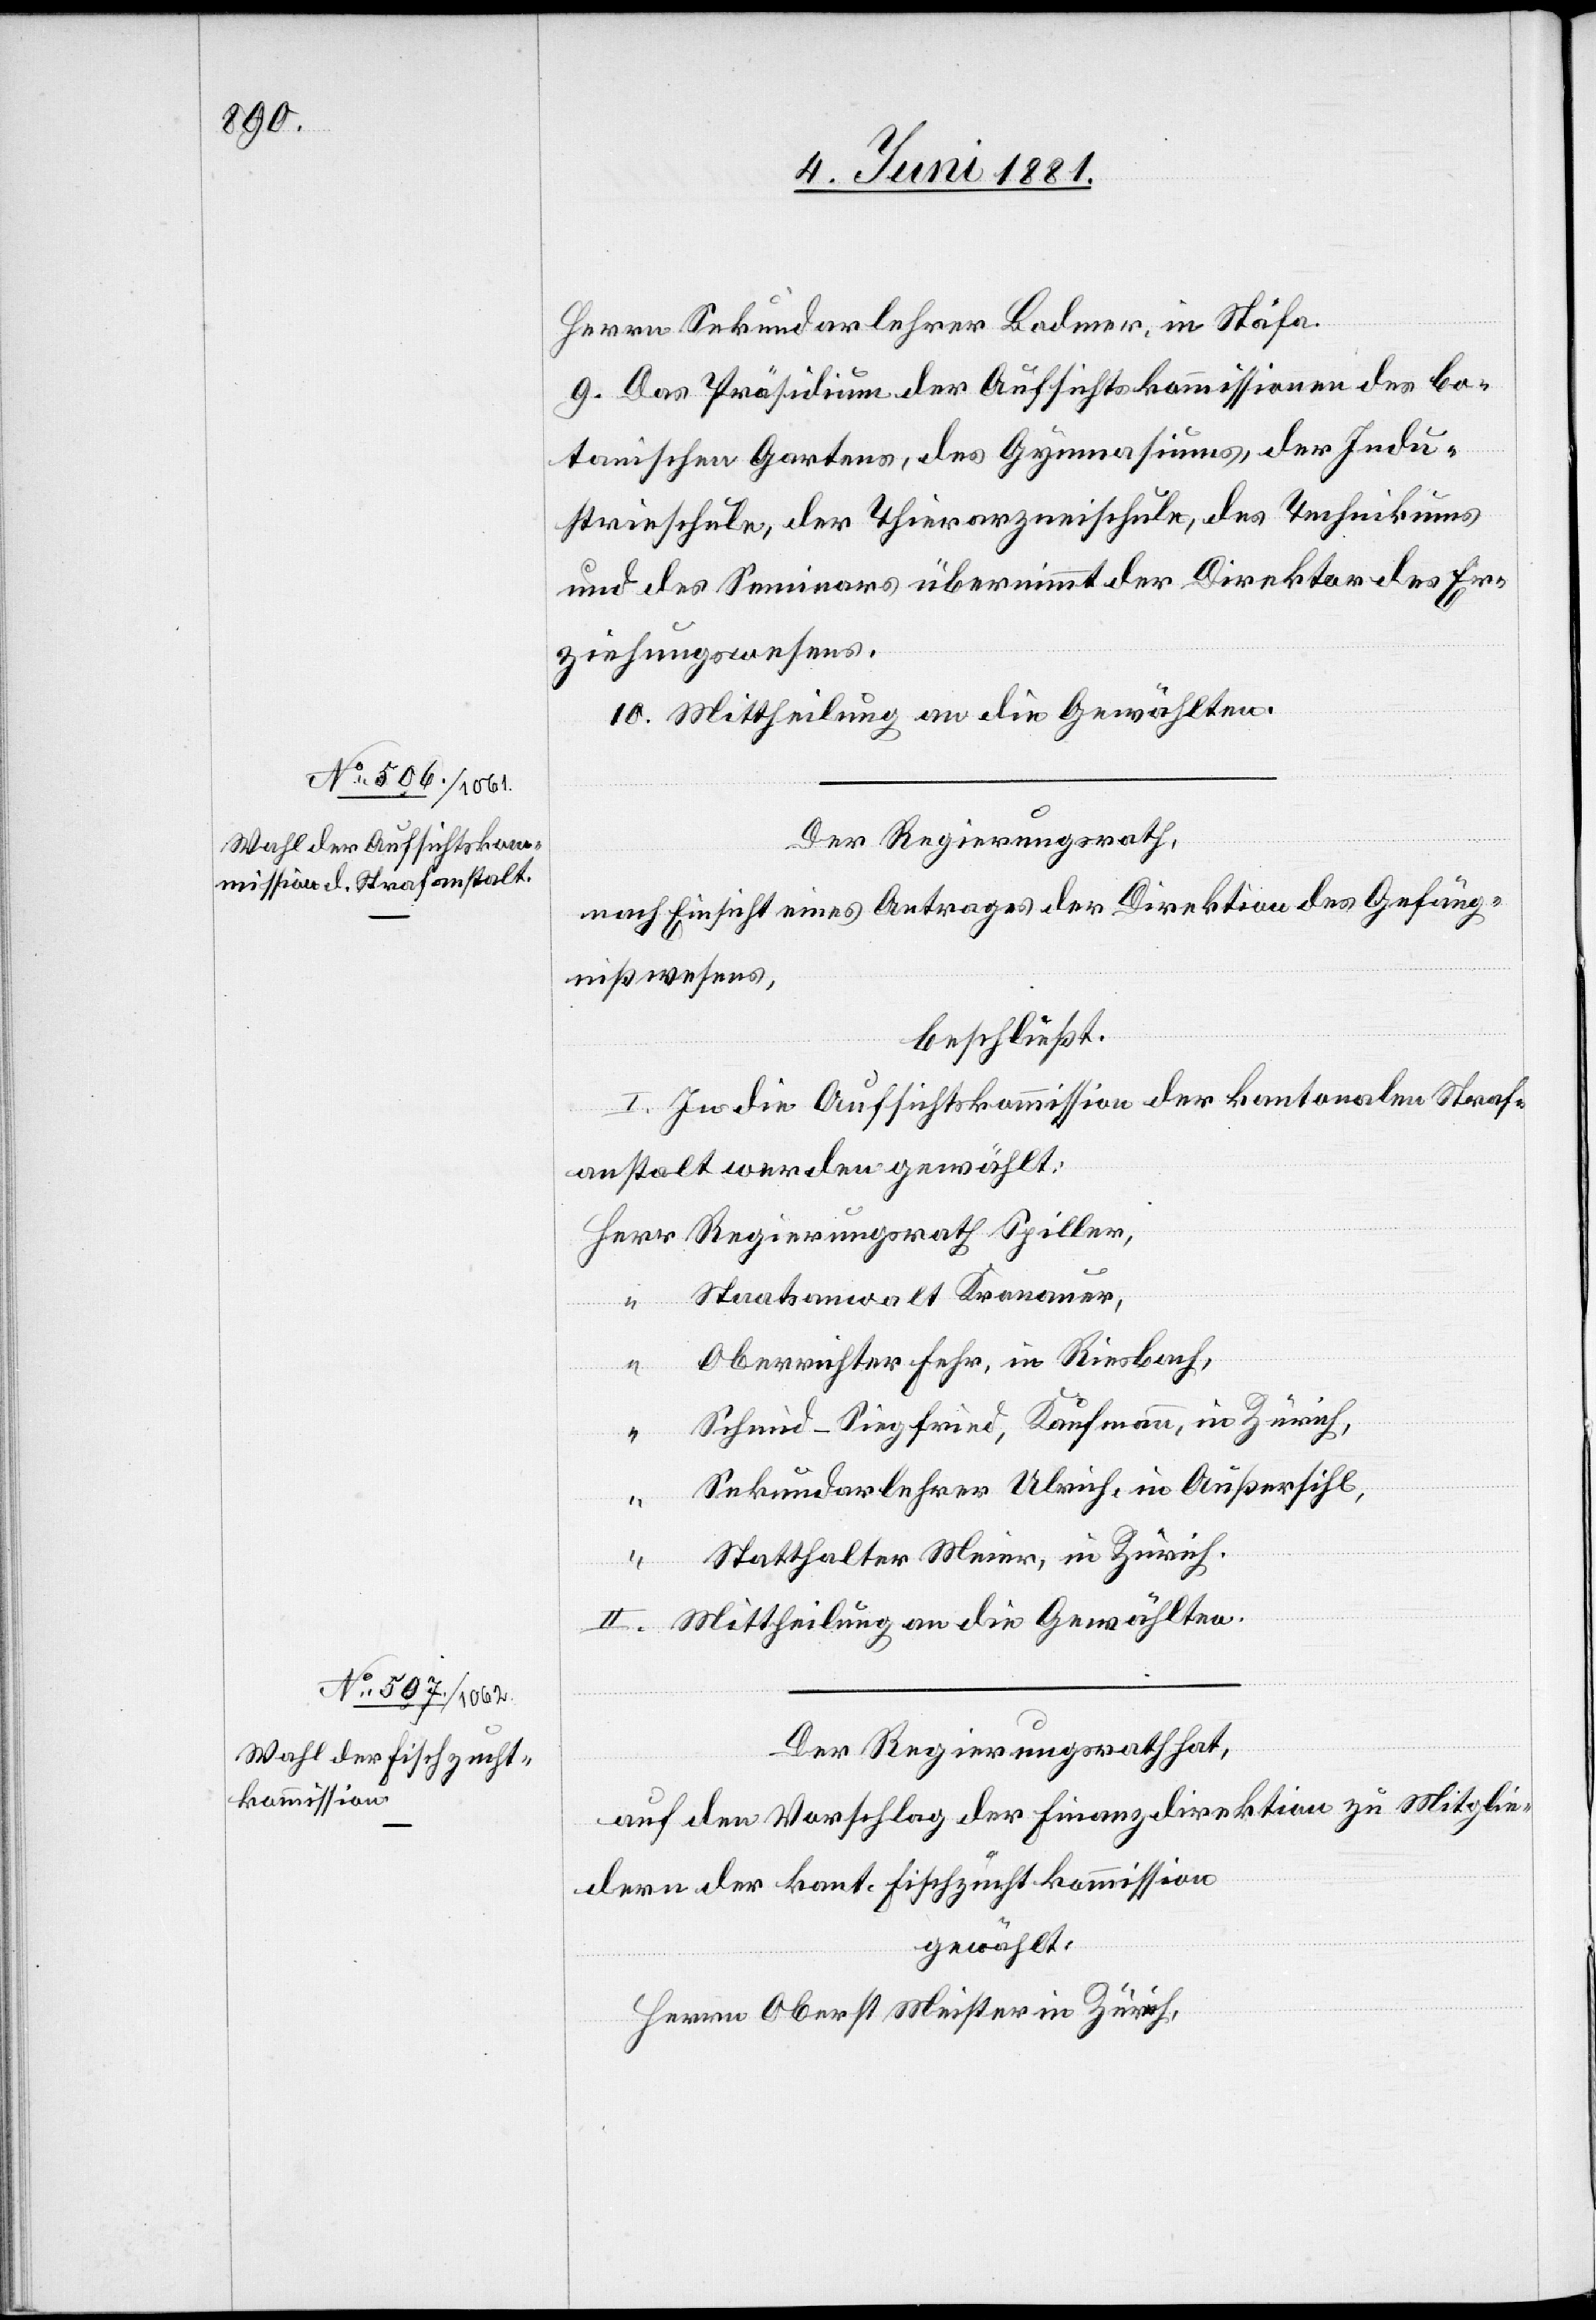
9. Das Präsidium der Aufsichtskommissionen des bo¬
tanischen Gartens, des Gymnasiums, der Indu¬
strieschule, der Thierarzneischule, des Technikums
und des Seminars übernimmt der Direktor des Er¬
ziehungswesens.
10. Mittheilung an die Gewählten.
Der Regierungsrath,
nach Einsicht eines Antrages der Direktion des Gefäng¬
niswesens,
beschließt:
I. In die Aufsichtskommission der kantonalen Straf¬
rr
anstalt werden gewählt:
Staatsanwalt Kronauer,
Oberrichter Fehr, in Riesbach,
“
Schmid-Siegfried, Kaufmann, in Zürich,
“
Sekundarlehrer Ulrich, in Außersihl,
Statthalter Meier, in Zürich.
II. Mittheilung an die Gewählten.
Der Regierungsrath hat,
auf den Vorschlag der Finanzdirektion zu Mitglie¬
dern der kant. Fischzuchtkommission
gewählt:
Herrn Oberst Meister in Zürich,